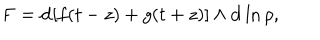
\mathbf { F } = \mathbf { d } [ f ( t - z ) + g ( t + z ) ] \wedge \mathbf { d } \ln { \rho } ,